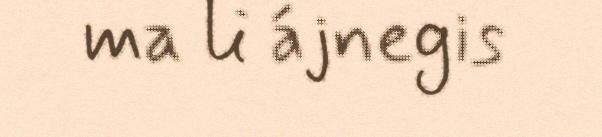
ma li ájnegis